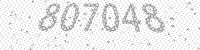
Solution: 807048